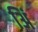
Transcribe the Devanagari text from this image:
अिं